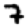
Digit: 7